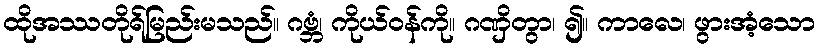
ထိုအဿတိုရ်မြည်းမသည်။ ဂဗ္ဘံ၊ ကိုယ်ဝန်ကို။ ဂဏှိတွာ၊ ၍။ ကာလေ၊ ဖွားအံ့သော